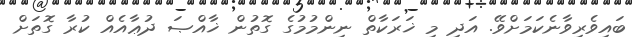
ބައިވެރިވާނެކަމަށްވޭ. އަދި މި ޚަރަކާތް ނިންމުމުގެ ގޮތުން ޚާއްޞަ ދުޢާއެއް ކުރާ ގޮތަށް